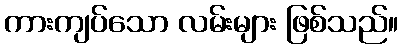
ကားကျပ်သော လမ်းများ ဖြစ်သည်။